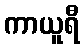
ကာယူရီ